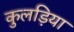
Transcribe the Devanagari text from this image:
कुलड़िया